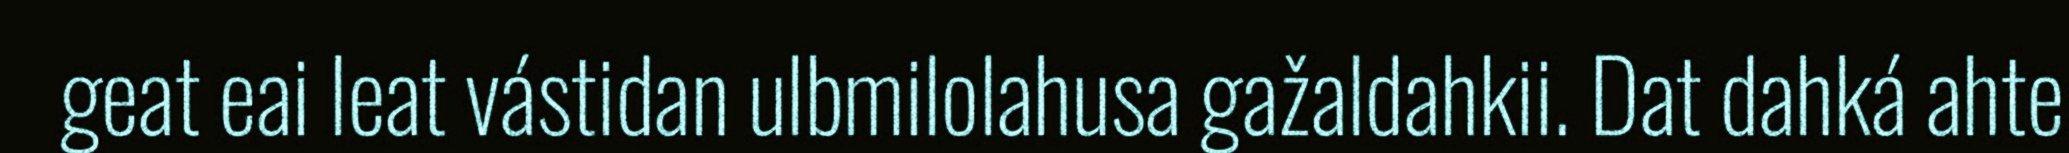
geat eai leat vástidan ulbmilolahusa gažaldahkii. Dat dahká ahte